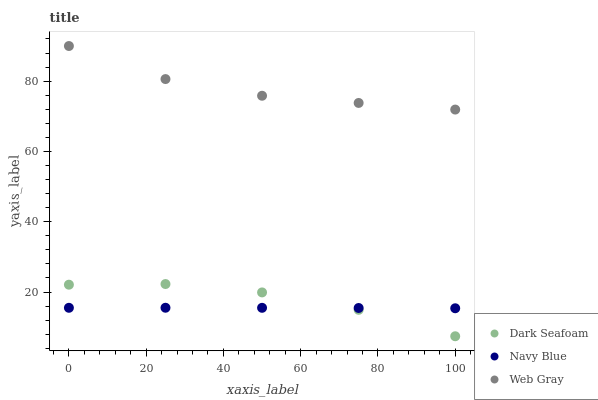
| xaxis_label | Dark Seafoam | Navy Blue | Web Gray |
 | --- | --- | --- | --- |
 | 0 | 22.1 | 15.5 | 90 |
 | 25 | 22.3 | 15.5 | 80.6 |
 | 50 | 19.9 | 15.5 | 75.8 |
 | 75 | 14.9 | 15.5 | 73.8 |
 | 100 | 7.43 | 15.4 | 71.9 |